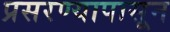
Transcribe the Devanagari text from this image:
प्रसरण्यापासून